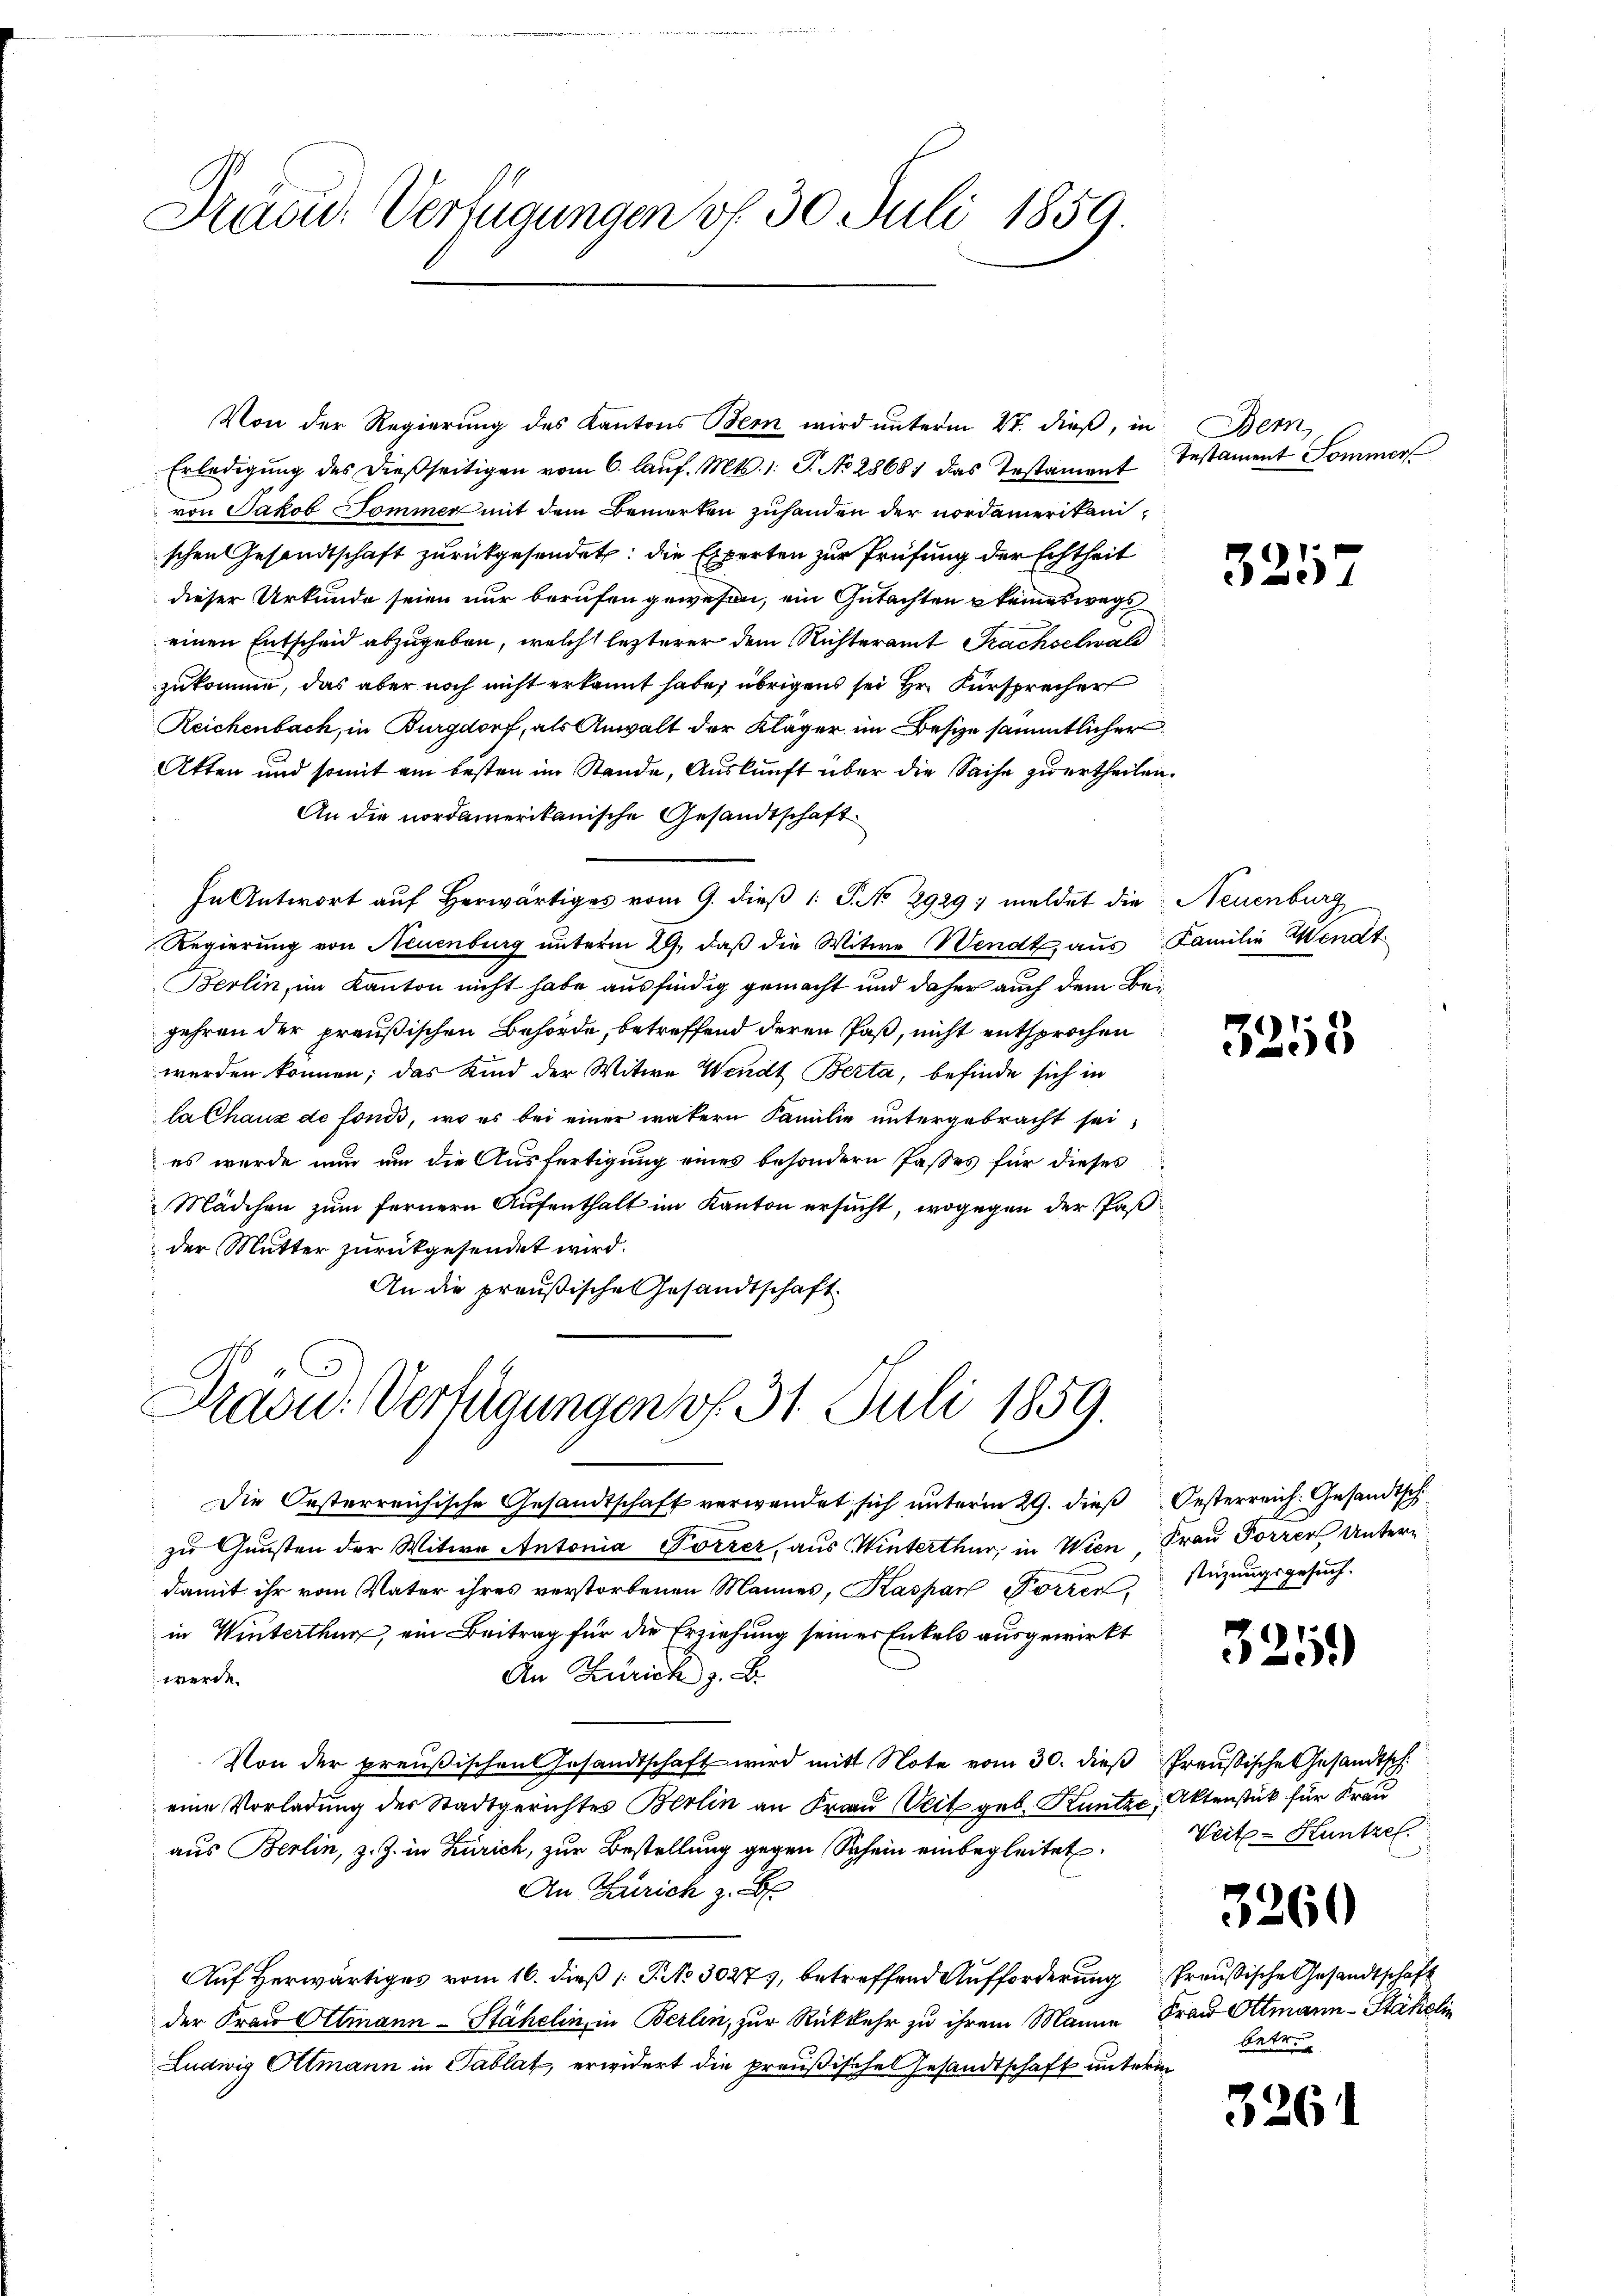
Dräsid. Verfügungen v. 30. Juli 1859.

Von der Regierung des Kantons Bern wird unterm 27. dieß, in Bern
Erledigung des dießseitigen vom 6. laŭf. Mts. 1. P. No 2868; das Testament
von Jakob Sommer mit dem Bemerken zuhanden der nordamerikanischen Gesandtschaft zurückgesendet: die Experten zur Prüfung der Echtheit
dieser Urkunde seien nur berufen gewesen, ein Gutachten keineswege
einen Entscheid abzugeben, welch letzterer dem Richteramt Prachselwald
zukomme, das aber noch nicht erkannt habe, übrigens sei Hr. Fürsprecher
Zeichenbach, in Burgdorf, als Anwalt der Kläger im Besize sämmtlicher
Atten und somit ein besten im Stande, Auskunft über die Sache zu ertheilen.
An die nordamerikanische Gesandtschaft.
In Antwort auf herwärtiges vom 9. dieβ 1 S. No 2929; meldet die Neuenburg
Regierung von Neuenburg unterm 29. daß die Witwe Wendt aus Familie Wendt¬
Berlin, im Kanton nicht habe ausfindig gemacht und daher auch dem Begehren der preußischen Behörde, betreffend deren Paß, nicht entsprochen
werden können; das Kind der Witwe Wendt Berta, befinde sich in
lalhaus de fonds, wo es bei einer vätern Familie untergebracht sei
es wurde nun um die Ausfertigung eines besondern Paßes für dieses
Mädchen zum fernern Aufenthalt im Kanton ersucht, wogegen der Paßder Mutter zurückgesendet wird.
An die preußische Gesandtschaft

Prau. Verfügungen v. 31. Juli 1859.

Die Oesterreichische Gesandtschaft verwendet sich unterm 29. dieß
zu Gunsten der Witwe Antonia Forrer, aus Winterthur, in Wien, Frau Forren Untern
damit ihr vom Vater ihres verstorbenen Mannes, Kaspar Forren
in Winterthur, ein Beitrag für die Erziehung seiner Enkels ausgewirkt
An Zürich z. B.
werde.
Von der preußischen Gesandtschaft wird mit Note vom 30. dieβ Preußische Gesandtsch.
eine Vorladung des Stadtgerichtes Berlin an Frau Weit geb. Kuntzc, Aktenstück für Frau
aus Berlin, z. Z. in Zürich, zur Bestellung gegen Schein einbegleitet,
An Zürich z. B.
Auf Herwärtiges vom 16. dieß [ P. No 3027, betreffend Aufforderung Preußische Gesandtschaft
der Frau Altmann-Stähelin, in Berlin, zur Rückkehr zu ihrem Manne Frau Ottmann-Stähelin
Ludwig Ottmann in Tablat, erwidert die preußischen Gesandtschaft unterm

Instament Sommer

32.

1

3253

Oesterreich. Gesandtsch
stüzungsgesuch.

325)

Weite Kuntzel

32

60

betr.

3261